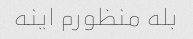
بله منظورم اینه